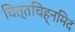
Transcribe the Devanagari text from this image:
चित्तचिह्नमिदं